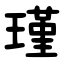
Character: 瑾